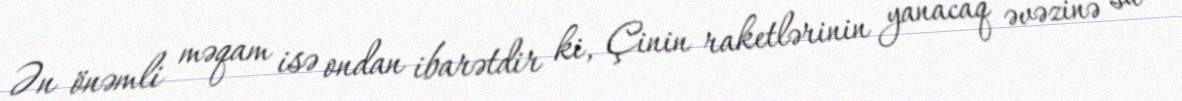
Ən önəmli məqam isə ondan ibarətdir ki, Çinin raketlərinin yanacaq əvəzinə su